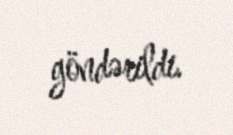
göndərildi.